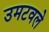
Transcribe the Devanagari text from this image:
उमटवले